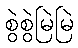
စွဲစွဲမြဲမြဲ